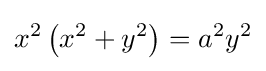
x^{2}\left(x^{2}+y^{2}\right)=a^{2}y^{2}